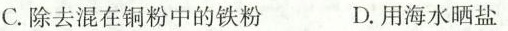
C.除去混在铜粉中的铁粉 D.用海水晒盐